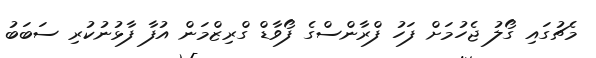
މެޗުގައި ގޯލު ޖެހުމަށް ފަހު ފްރާންސްގެ ފޯވާޑް ގްރިޒްމަން އުފާ ފާޅުނުކުރި ސަބަބު